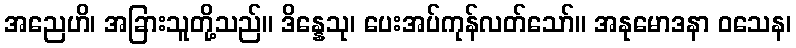
အညေဟိ၊ အခြားသူတို့သည်။ ဒိန္နေသု၊ ပေးအပ်ကုန်လတ်သော်။ အနုမောဒနာ ဝသေန၊